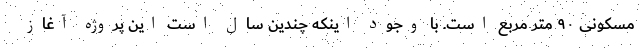
مسکونی ۹۰ متر مربع است. با وجود اینکه چندین سال است این پروژه آغاز